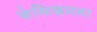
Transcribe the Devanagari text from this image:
फेस्टिव्हलला